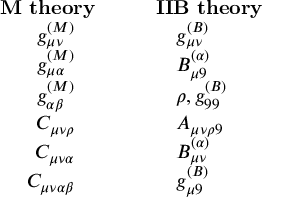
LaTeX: \begin{array} { r l } { { { \bf M \ t h e o r y } } } & { { \quad \quad { \bf I I B \ t h e o r y } } } \\ { { g _ { \mu \nu } ^ { ( M ) } \quad } } & { { \quad \quad \quad g _ { \mu \nu } ^ { ( B ) } } } \\ { { g _ { \mu \alpha } ^ { ( M ) } \quad } } & { { \quad \quad \quad B _ { \mu 9 } ^ { ( \alpha ) } } } \\ { { g _ { \alpha \beta } ^ { ( M ) } \quad } } & { { \quad \quad \quad \rho , g _ { 9 9 } ^ { ( B ) } } } \\ { { C _ { \mu \nu \rho } \quad } } & { { \quad \quad \quad A _ { \mu \nu \rho 9 } } } \\ { { C _ { \mu \nu \alpha } \quad } } & { { \quad \quad \quad B _ { \mu \nu } ^ { ( \alpha ) } } } \\ { { C _ { \mu \nu \alpha \beta } \quad } } & { { \quad \quad \quad g _ { \mu 9 } ^ { ( B ) } } } \end{array}